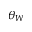
\theta _ { W }